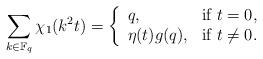
LaTeX: \begin{align*}\sum_{k\in\mathbb F_q} \chi_1(k^2 t)=\left\{\begin{array}{ll}q, & \mbox{if $t=0$,}\\\eta(t) g(q), & \mbox{if $t\ne 0$.}\end{array}\right.\end{align*}